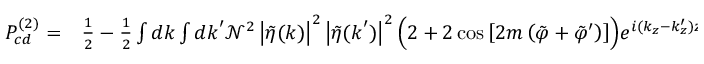
\begin{array} { r l } { P _ { c d } ^ { ( 2 ) } = } & { { } \frac { 1 } { 2 } - \frac { 1 } { 2 } \int d \boldsymbol { k } \int d \boldsymbol { k } ^ { \prime } \mathcal { N } ^ { 2 } \left| \tilde { \eta } ( \boldsymbol { k } ) \right| ^ { 2 } \left| \tilde { \eta } ( \boldsymbol { k } ^ { \prime } ) \right| ^ { 2 } \Big ( 2 + 2 \cos { \left[ 2 m \left( \tilde { \varphi } + \tilde { \varphi } ^ { \prime } \right) \right] } \Big ) e ^ { i ( k _ { z } - k _ { z } ^ { \prime } ) z _ { 0 } } . } \end{array}